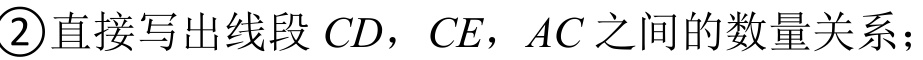
\textcircled{2}直接写出线段\(CD\)，\(CE\)，\(AC\)之间的数量关系；